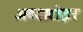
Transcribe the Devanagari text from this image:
अब्बाटोइर